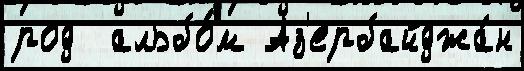
род  альбо́м Аз'ербайджа́н